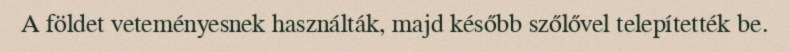
A földet veteményesnek használták, majd később szőlővel telepítették be.